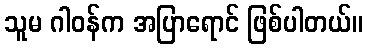
သူမ ဂါဝန်က အပြာရောင် ဖြစ်ပါတယ်။